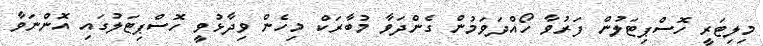
މިލިޓަރީ ހޮސްޕިޓަލުން ފަރުވާ ހޯއްދަވަމުން ގެންދަވާ މުބާރަކް މިހެން ވިދާޅުވީ ހޮސްޕިޓަލުގައި އޮންނަވާ